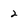
Character: 2